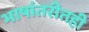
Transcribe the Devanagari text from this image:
भाषांतरीतही